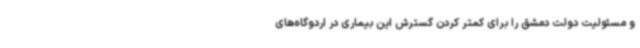
و مسئولیت دولت دمشق را برای کمتر کردن گسترش این بیماری در اردوگاه‌های